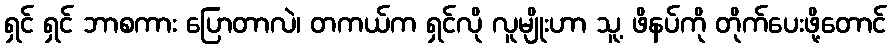
ရှင် ရှင် ဘာစကား ပြောတာလဲ၊ တကယ်က ရှင်လို လူမျိုးဟာ သူ့ ဖိနပ်ကို တိုက်ပေးဖို့တောင်